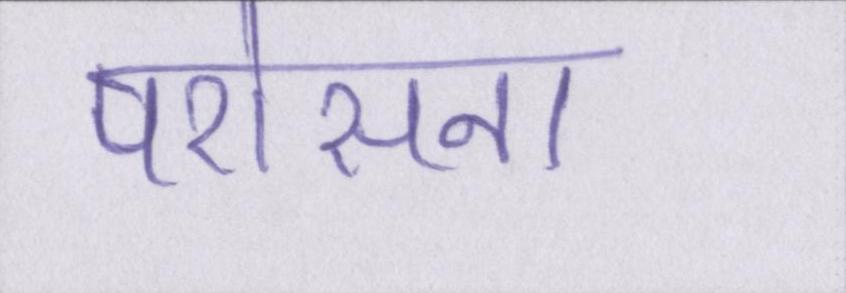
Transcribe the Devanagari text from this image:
परोसना